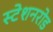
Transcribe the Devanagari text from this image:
स्टेशनरोड